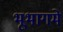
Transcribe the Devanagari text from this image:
भूभागमे